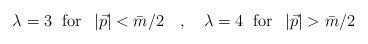
LaTeX: \begin{align*}\lambda =3\;\mbox{ for }\;\left| \vec{p}\right| <\bar{m}/2\quad , \quad \lambda =4\;\mbox{ for }\;\left| \vec{p}\right| >\bar{m}/2\end{align*}